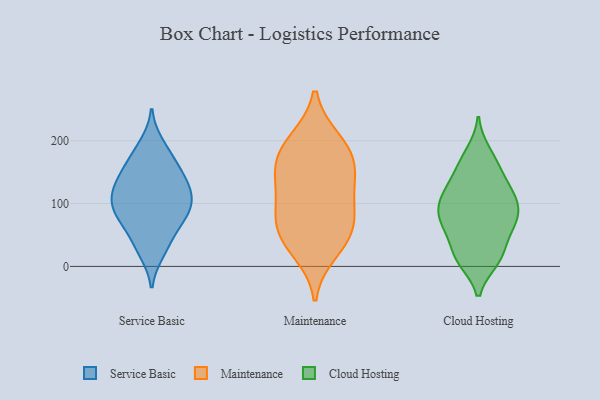
{"axis": {"x": "Demand Index", "y": "Value"}, "legend": ["Cloud Hosting", "Maintenance", "Service Basic"], "data": [{"x": "", "y": 77, "type": "Service Basic"}, {"x": "", "y": 75, "type": "Service Basic"}, {"x": "", "y": 29, "type": "Service Basic"}, {"x": "", "y": 151, "type": "Service Basic"}, {"x": "", "y": 194, "type": "Service Basic"}, {"x": "", "y": 135, "type": "Service Basic"}, {"x": "", "y": 113, "type": "Service Basic"}, {"x": "", "y": 99, "type": "Service Basic"}, {"x": "", "y": 74, "type": "Service Basic"}, {"x": "", "y": 183, "type": "Service Basic"}, {"x": "", "y": 23, "type": "Service Basic"}, {"x": "", "y": 116, "type": "Service Basic"}, {"x": "", "y": 167, "type": "Service Basic"}, {"x": "", "y": 134, "type": "Service Basic"}, {"x": "", "y": 42, "type": "Service Basic"}, {"x": "", "y": 152, "type": "Service Basic"}, {"x": "", "y": 78, "type": "Service Basic"}, {"x": "", "y": 102, "type": "Service Basic"}, {"x": "", "y": 123, "type": "Service Basic"}, {"x": "", "y": 97, "type": "Service Basic"}, {"x": "", "y": 159, "type": "Maintenance"}, {"x": "", "y": 200, "type": "Maintenance"}, {"x": "", "y": 55, "type": "Maintenance"}, {"x": "", "y": 166, "type": "Maintenance"}, {"x": "", "y": 107, "type": "Maintenance"}, {"x": "", "y": 64, "type": "Maintenance"}, {"x": "", "y": 197, "type": "Maintenance"}, {"x": "", "y": 46, "type": "Maintenance"}, {"x": "", "y": 122, "type": "Maintenance"}, {"x": "", "y": 24, "type": "Maintenance"}, {"x": "", "y": 87, "type": "Maintenance"}, {"x": "", "y": 157, "type": "Maintenance"}, {"x": "", "y": 117, "type": "Cloud Hosting"}, {"x": "", "y": 91, "type": "Cloud Hosting"}, {"x": "", "y": 169, "type": "Cloud Hosting"}, {"x": "", "y": 120, "type": "Cloud Hosting"}, {"x": "", "y": 11, "type": "Cloud Hosting"}, {"x": "", "y": 62, "type": "Cloud Hosting"}, {"x": "", "y": 143, "type": "Cloud Hosting"}, {"x": "", "y": 115, "type": "Cloud Hosting"}, {"x": "", "y": 181, "type": "Cloud Hosting"}, {"x": "", "y": 44, "type": "Cloud Hosting"}, {"x": "", "y": 16, "type": "Cloud Hosting"}, {"x": "", "y": 154, "type": "Cloud Hosting"}, {"x": "", "y": 85, "type": "Cloud Hosting"}, {"x": "", "y": 79, "type": "Cloud Hosting"}, {"x": "", "y": 64, "type": "Cloud Hosting"}, {"x": "", "y": 110, "type": "Cloud Hosting"}, {"x": "", "y": 15, "type": "Cloud Hosting"}, {"x": "", "y": 10, "type": "Cloud Hosting"}, {"x": "", "y": 67, "type": "Cloud Hosting"}, {"x": "", "y": 90, "type": "Cloud Hosting"}]}